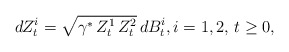
\begin{align*}dZ^i_t=\sqrt{\gamma^*\, Z^1_t \, Z^2_t}\,dB_t^i,i=1,2,\,t\geq0,\end{align*}